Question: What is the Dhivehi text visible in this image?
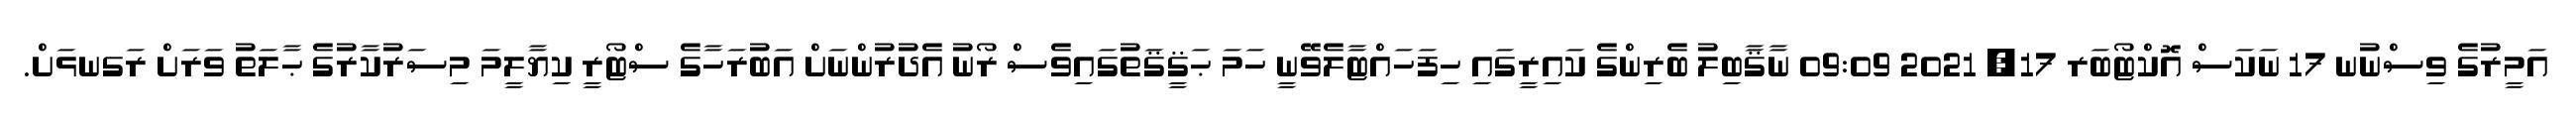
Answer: އަމީރުގެ ވިސްނުނ 17 ނަކަސް އޮކްޓޯބަރ 17, 2021 09:09 ނާޤާބިލު ބެރިންގެ ކައިރީގައި ހިފަހައްޓާލެވޭނީ ހަމަ ޙަޤީޤަތުގައިވެސް ރޯނު އެދުރުންނަށް އަބުރަހާގެ ސްޓޯރީ ކިޔާލީމަ މިސަރުކާރުގެ ޙާލަތު ވަރަށް ރަގނޅަށް.